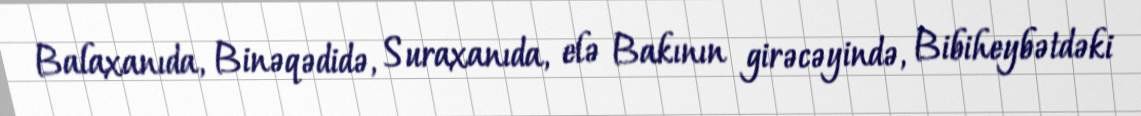
Balaxanıda, Binəqədidə, Suraxanıda, elə Bakının girəcəyində, Bibiheybətdəki